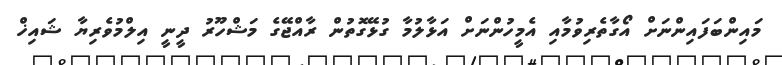
މައިންބަފައިންނަށް އޯގާތެރިވުމާއި އެމީހުންނަށް އަޅާލުމާ ގުޅޭގޮތުން ރާއްޖޭގެ މަޝްހޫރު ދީނީ އިލްމުވެރިޔާ ޝައިޚް